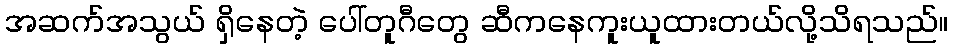
အဆက်အသွယ် ရှိနေတဲ့ ပေါ်တူဂီတွေ ဆီကနေကူးယူထားတယ်လို့သိရသည်။